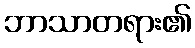
ဘာသာတရား၏